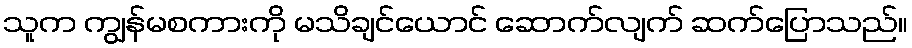
သူက ကျွန်မစကားကို မသိချင်ယောင် ဆောက်လျက် ဆက်ပြောသည်။